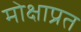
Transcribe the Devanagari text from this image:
मोक्षाप्रत